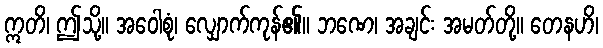
ဣတိ၊ ဤသို့။ အဝေါစုံ၊ လျှောက်ကုန်၏။ ဘဏေ၊ အချင်း အမတ်တို့။ တေနဟိ၊